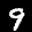
Label: 9